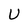
Character: U